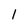
Character: 1